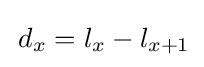
\,d_{x}=l_{x}-l_{x+1}